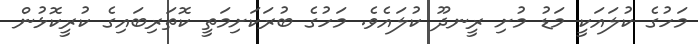
މަހުގެ ކުލައަކީ މަޑު މުށި ރީނދޫ ކުލައެވެ. މަހުގެ ބުރަކަށިމަތީ ކޮތަރިބައިގެ ކުރީކޮޅުން